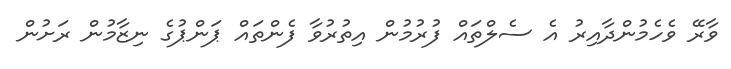
ވާރޭ ވެހެމުންދާއިރު އެ ސެލްތައް ފުރުމުން އިތުރުވާ ފެންތައް ޕަންޕުގެ ނިޒާމުން ރަށުން